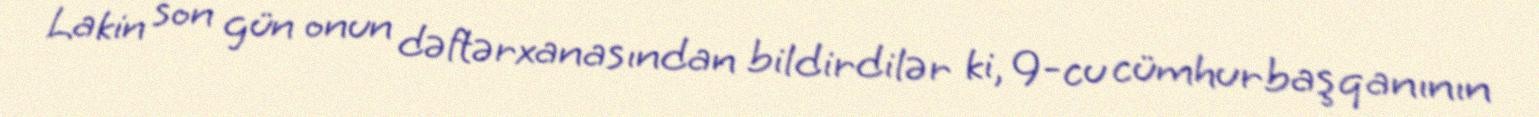
Lakin son gün onun dəftərxanasından bildirdilər ki, 9-cu cümhurbaşqanının